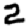
Digit: 2